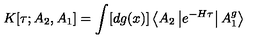
K [ \tau ; A _ { 2 } , A _ { 1 } ] = \int [ d g ( x ) ] \left< A _ { 2 } \left| e ^ { - H \tau } \right| A _ { 1 } ^ { g } \right>